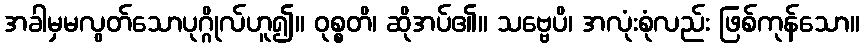
အခါမှမလွတ်သောပုဂ္ဂိုလ်ဟူ၍။ ဝုစ္စတိ၊ ဆိုအပ်၏။ သဗ္ဗေပိ၊ အလုံးစုံလည်း ဖြစ်ကုန်သော။